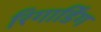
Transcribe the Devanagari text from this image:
रिगार्डिंग